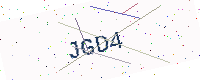
Text: JGD4